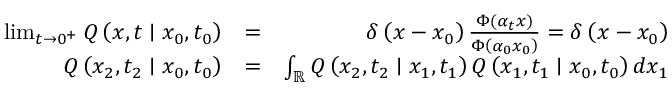
\begin{array} { r l r } { \operatorname* { l i m } _ { t \rightarrow 0 ^ { + } } Q \left( x , t \mid x _ { 0 } , t _ { 0 } \right) } & { = } & { \delta \left( x - x _ { 0 } \right) \frac { \Phi ( \alpha _ { t } x ) } { \Phi \left( \alpha _ { 0 } x _ { 0 } \right) } = \delta \left( x - x _ { 0 } \right) } \\ { Q \left( x _ { 2 } , t _ { 2 } \mid x _ { 0 } , t _ { 0 } \right) } & { = } & { \int _ { \mathbb { R } } Q \left( x _ { 2 } , t _ { 2 } \mid x _ { 1 } , t _ { 1 } \right) Q \left( x _ { 1 } , t _ { 1 } \mid x _ { 0 } , t _ { 0 } \right) d x _ { 1 } } \end{array}